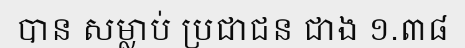
បាន សម្លាប់ ប្រជាជន ជាង ១.៣៨